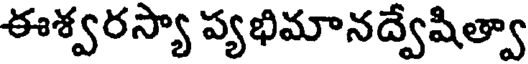
ఈశ్వరస్యా ప్యభిమానద్వేషిత్వా